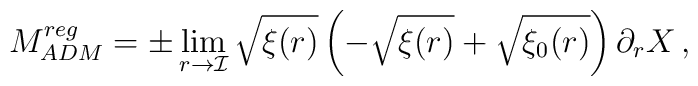
M_{ADM}^{reg}=\pm \lim _{r\rightarrow {\mathcal{I}}}\sqrt{\xi (r)}\left( -\sqrt{\xi (r)}+\sqrt{\xi _{0}(r)}\right) \partial _{r}X\, ,